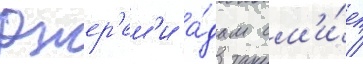
Джер'ем'и а́дам см'и́т /